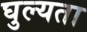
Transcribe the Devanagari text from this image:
घुल्यता